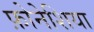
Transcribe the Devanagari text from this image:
फ़ोनेशिया